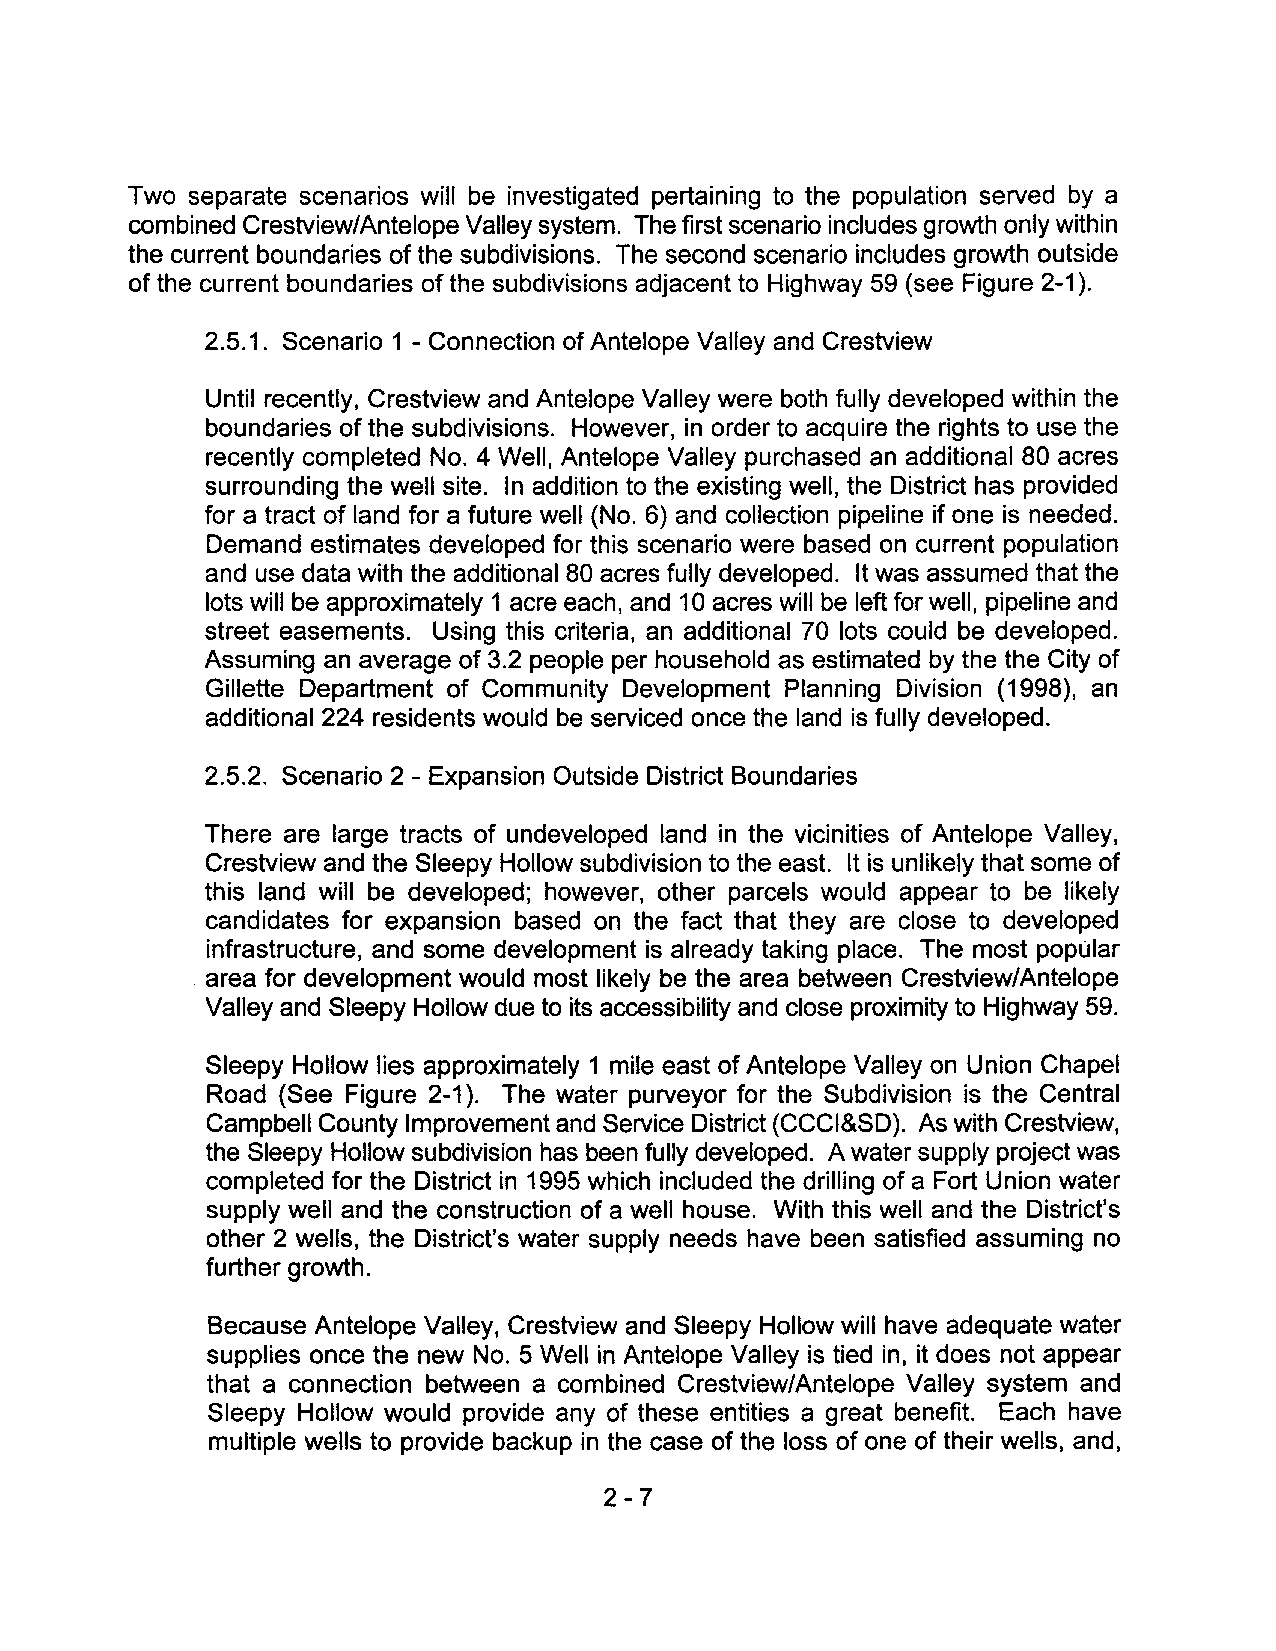
Two separate scenarios will be investigated pertaining to the population served by a
 combined Crestview/Antelope Valley system. The first scenario includes growth only within
 the current boundaries of the subdivisions. The second scenario includes growth outside
 of the current boundaries of the subdivisions adjacent to Highway 59 (see Figure 2-1).
 2.5.1. Scenario 1 - Connection of Antelope Valley and Crestview
 Until recently, Crestview and Antelope Valley were both fully developed within the
 boundaries of the subdivisions. However, in order to acquire the rights to use the
 recently completed NO.4 Well, Antelope Valley purchased an additional 80 acres
 surrounding the well site. In addition to the existing well, the District has provided
 for a tract of land for a future well (No.6) and collection pipeline if one is needed.
 Demand estimates developed for this scenario were based on current population
 and use data with the additional 80 acres fully developed. It was assumed that the
 lots will be approximately 1 acre each, and 10 acres will be left for well, pipeline and
 street easements. Using this criteria, an additional 70 lots could be developed.
 Assuming an average of 3.2 people per household as estimated by the the City of
 Gillette Department of Community Development Planning Division (1998), an
 additional 224 residents would be serviced once the land is fully developed.
 2.5.2. Scenario 2 - Expansion Outside District Boundaries
 There are large tracts of undeveloped land in the vicinities of Antelope Valley,
 Crestview and the Sleepy Hollow subdivision to the east. It is unlikely that some of
 this land will be developed; however, other parcels would appear to be likely
 candidates for expansion based on the fact that they are close to developed
 infrastructure, and some development is already taking place. The most popular
 area for development would most likely be the area between Crestview/Antelope
 Valley and Sleepy Hollow due to its accessibility and close proximity to Highway 59.
 Sleepy Hollow lies approximately 1 mile east of Antelope Valley on Union Chapel
 Road (See Figure 2-1). The water purveyor for the Subdivision is the Central
 Campbell County Improvement and Service District (CCCI&SD). As with Crestview,
 the Sleepy Hollow subdivision has been fully developed. A water supply project was
 completed for the District in 1995 which included the drilling of a Fort Union water
 supply well and the construction of a well house. With this well and the District's
 other 2 wells, the District's water supply needs have been satisfied assuming no
 further growth.
 Because Antelope Valley, Crestview and Sleepy Hollow will have adequate water
 supplies once the new NO.5 Well in Antelope Valley is tied in, it does not appear
 that a connection between a combined Crestview/Antelope Valley system and
 Sleepy Hollow would provide any of these entities a great benefit. Each have
 multiple wells to provide backup in the case of the loss of one of their wells, and,
 2-7